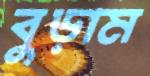
বুড়াম